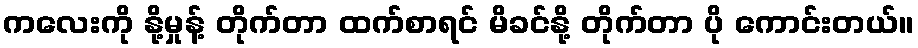
ကလေးကို နို့မှုန့် တိုက်တာ ထက်စာရင် မိခင်နို့ တိုက်တာ ပို ကောင်းတယ်။